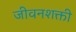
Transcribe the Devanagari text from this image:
जीवनशक्ती